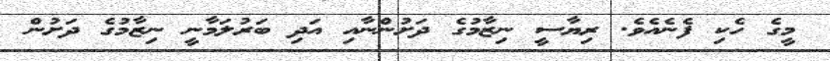
މީގެ ހެކި ފެނެއެވެ. ރިޔާސީ ނިޒާމުގެ ދަށުންނާއި އަދި ބަރުލަމާނީ ނިޒާމުގެ ދަށުން